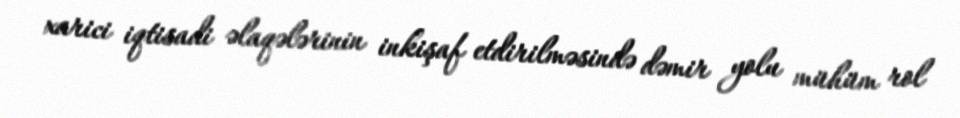
xarici iqtisadi əlaqələrinin inkişaf etdirilməsində dəmir yolu mühüm rol